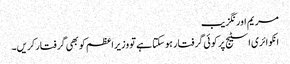
مریم اورنگزیب
انکوائری اسٹیج پر کوئی گرفتار ہوسکتا ہے تو وزیراعظم کو بھی گرفتارکریں۔